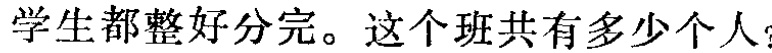
学生都整好分完。这个班共有多少个人？